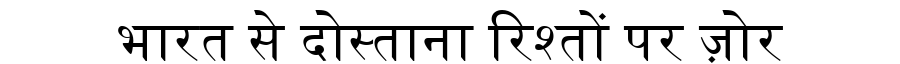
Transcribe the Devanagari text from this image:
भारत से दोस्ताना रिश्तों पर ज़ोर